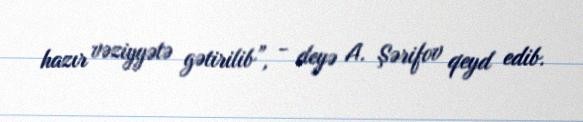
hazır vəziyyətə gətirilib”, - deyə A. Şərifov qeyd edib.